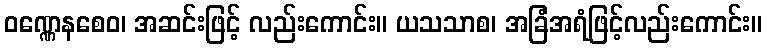
ဝဏ္ဏေနစေဝ၊ အဆင်းဖြင့် လည်းကောင်း။ ယသသာစ၊ အခြံအရံဖြင့်လည်းကောင်း။